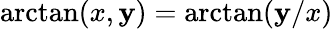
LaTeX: \arctan(x,\mathbf{y})=\arctan(\mathbf{y}/x)